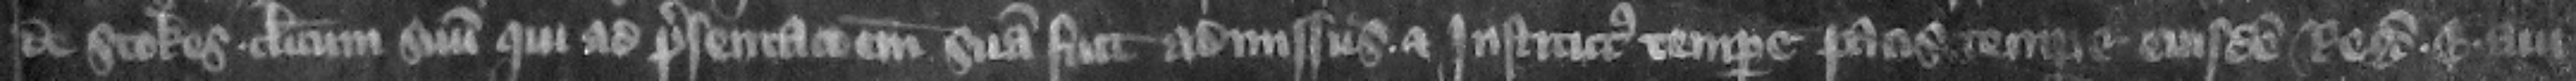
de Stokes clericum suum qui ad presentacionem suum fuit admissus et institutus tempore pacis tempore eiusdem regis Edwardi aui